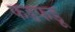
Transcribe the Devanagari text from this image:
फडफडू